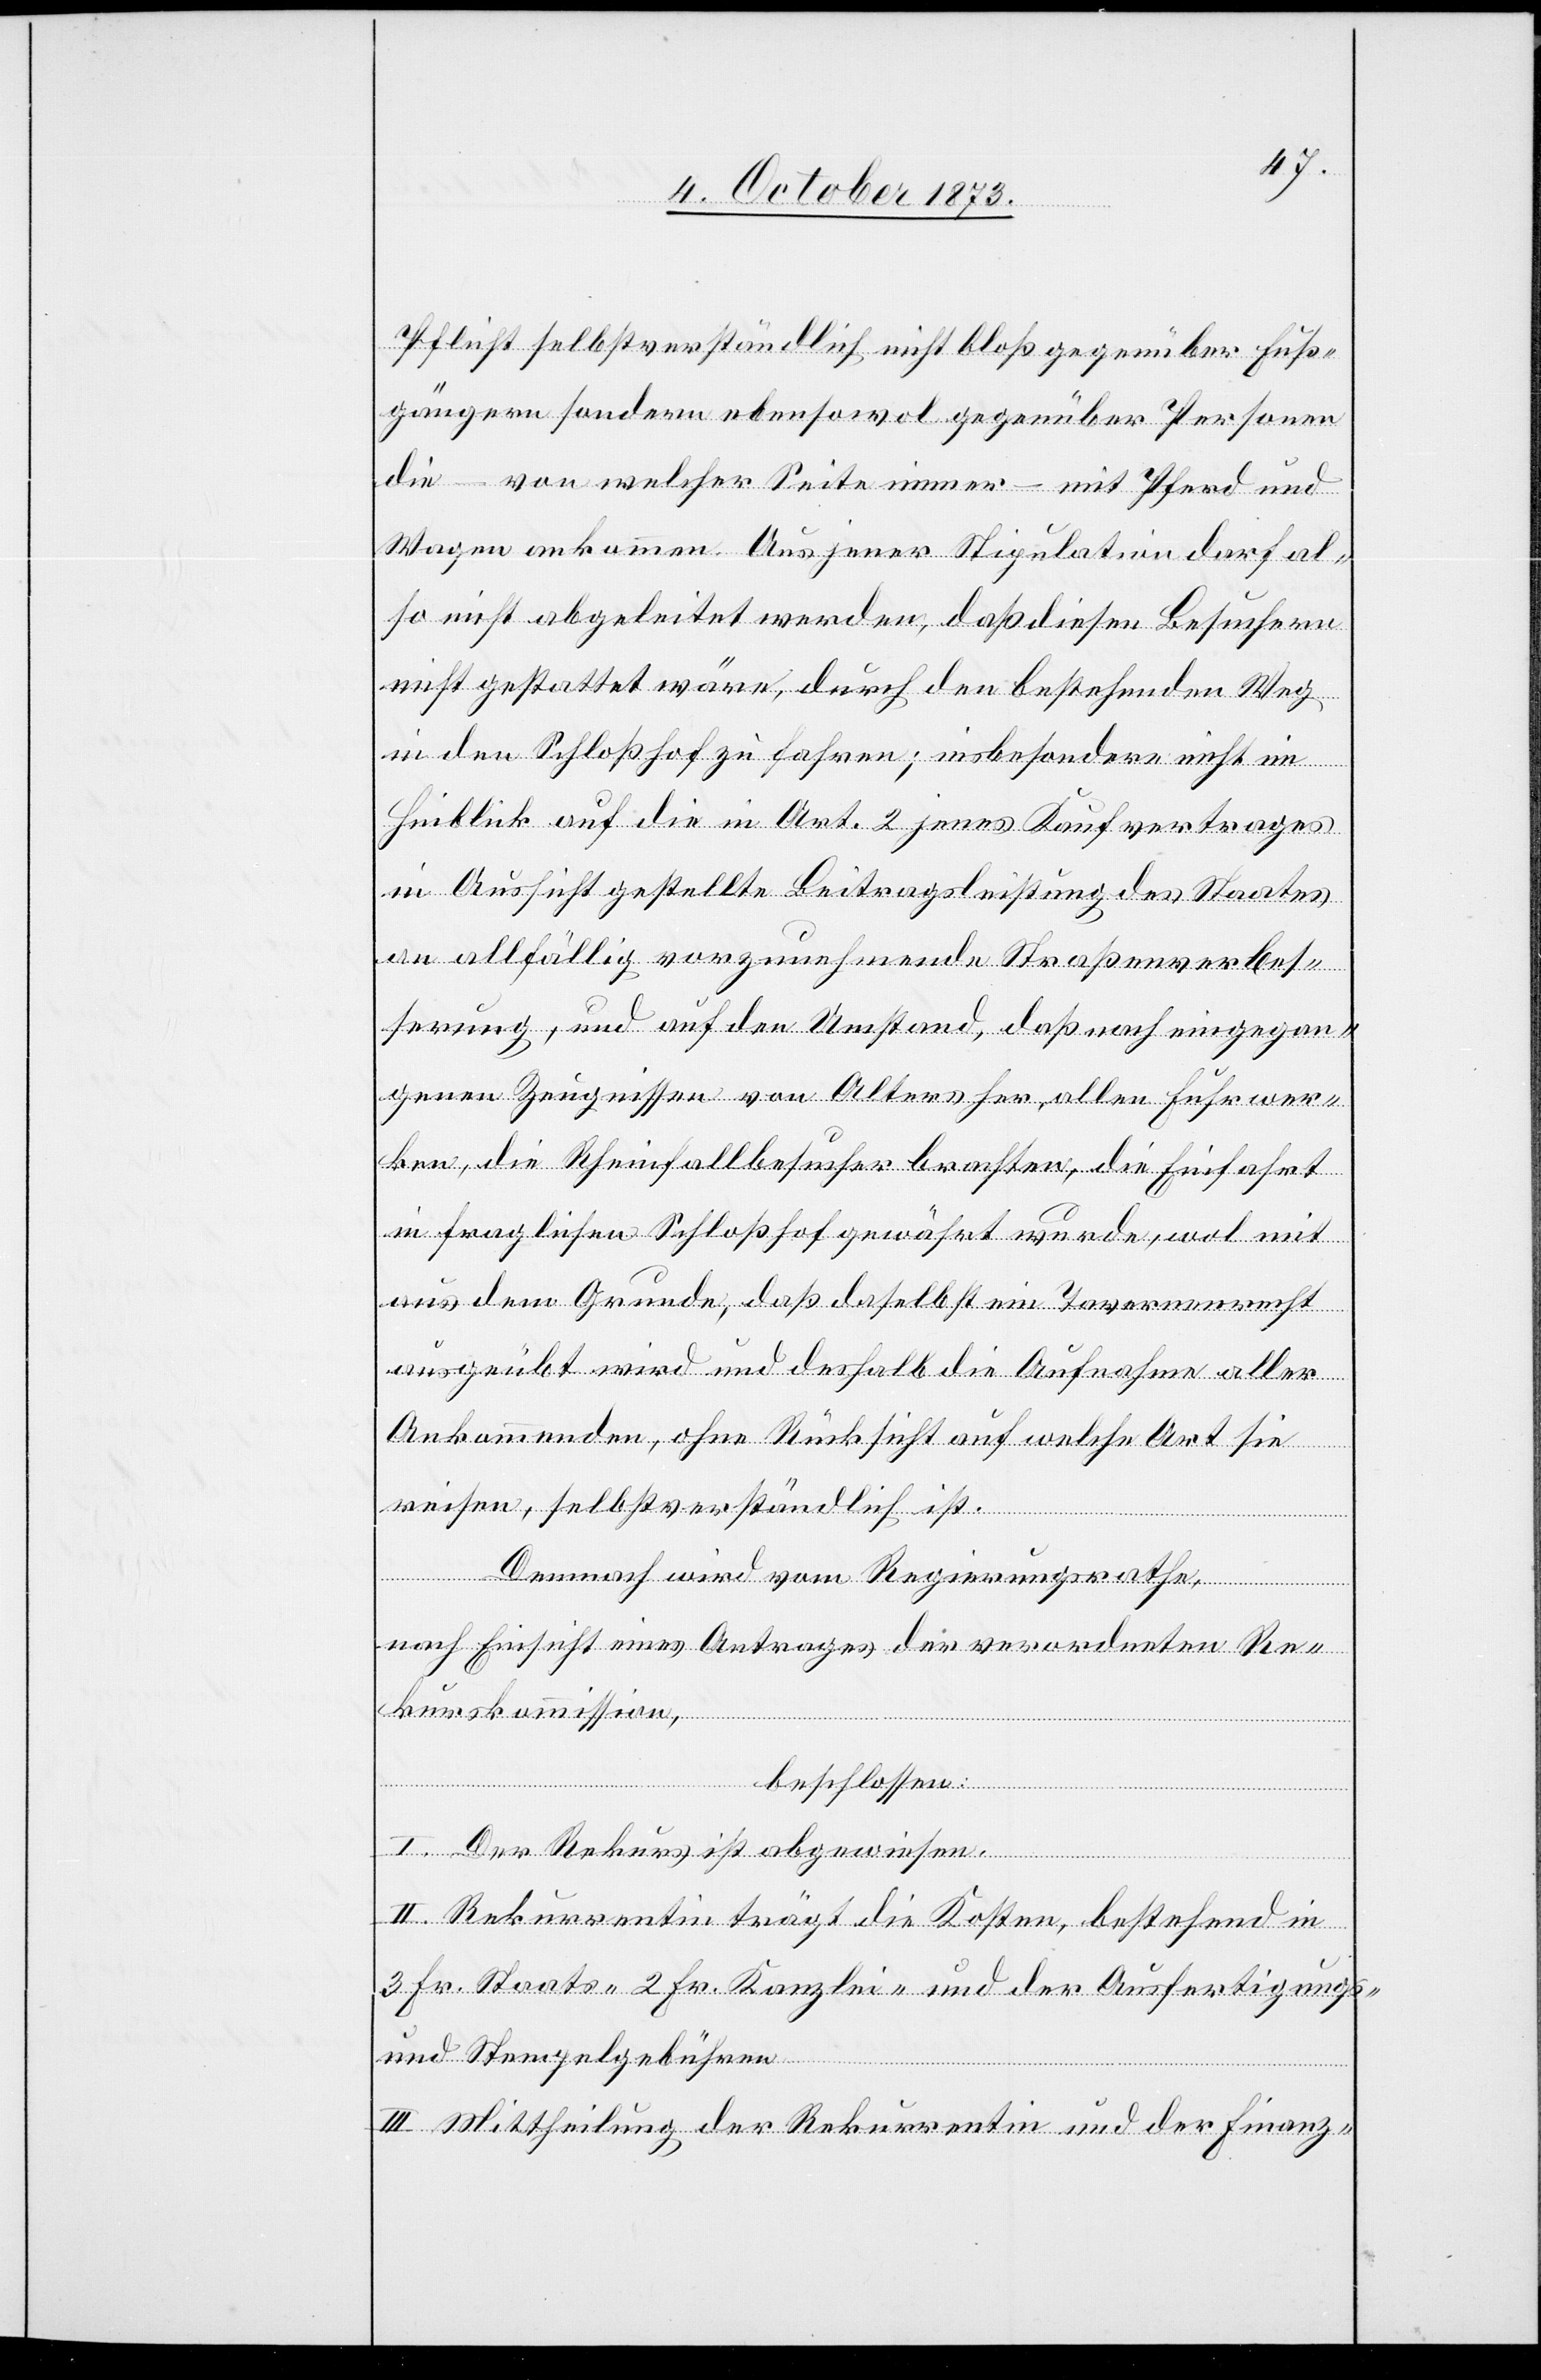
Pflicht selbstverständlich nicht bloß gegenüber Fuß¬
gängern sondern ebensowol gegenüber Personen
die – von welcher Seite immer – mit Pferd und
Wagen ankommen. Aus jener Stipulation darf al¬
so nicht abgeleitet werden, daß diesen Besuchern
nicht gestattet wäre, durch den bestehenden Weg
in den Schloßhof zu fahren; insbesondere nicht im
Hinblick auf die in Art. 2 jenes Kaufvertrages
in Aussicht gestellte Beitragsleistung des Staates
an allfällig vorzunehmende Straßenverbes¬
serung, und auf den Umstand, daß nach eingegan¬
genen Zeugnissen von Alters her, allen Fuhrwer¬
ken, die Rheinfallbesucher brachten, die Einfahrt
in fraglichen Schloßhof gewährt wurde, wol mit
aus dem Grunde, daß daselbst ein Tavernenrecht
ausgeübt wird und deshalb die Aufnahme aller
Ankommenden, ohne Rücksicht auf welche Art sie
reisen, selbstverständlich ist.
Demnach wird vom Regierungsrathe,
nach Einsicht eines Antrages der verordneten Re¬
kurskommission,
beschlossen:
I. Der Rekurs ist abgewiesen.
II. Rekurrentin trägt die Kosten, bestehend in
3 Fr. Staats- 2 Fr. Kanzlei- und der Ausfertigungs-
und Stempelgebühren.
III. Mittheilung der Rekurrentin und der Finanz-